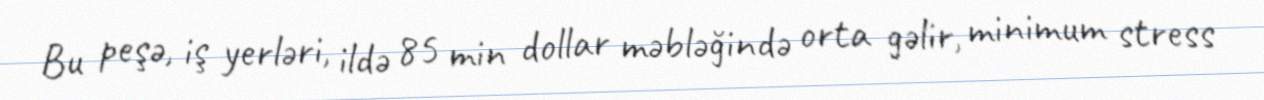
Bu peşə, iş yerləri, ildə 85 min dollar məbləğində orta gəlir, minimum stress